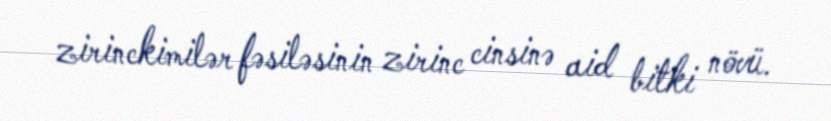
zirinckimilər fəsiləsinin zirinc cinsinə aid bitki növü.